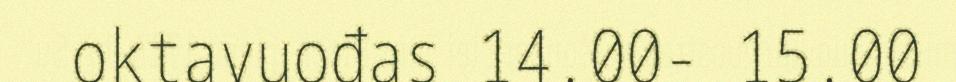
oktavuođas 14.00- 15.00